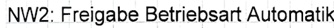
Text: NW2: Freigabe Betriebsart Automatik